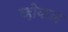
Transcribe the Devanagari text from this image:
व्होकल